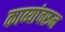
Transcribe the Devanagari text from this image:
काव्यांवरून